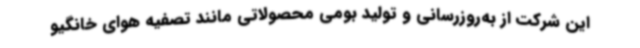
این شرکت از به‌روزرسانی و تولید بومی محصولاتی مانند تصفیه هوای خانگیو